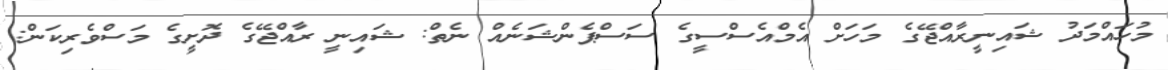
މުހައްމަދު ޝައިނީރާއްޖޭގެ މަހަށް އެމްއެސްސީގެ ސަސްޕެންޝަނެއް ނެތް: ޝައިނީ ރާއްޖޭގެ ދޮށީގެ މަސްވެރިކަން: